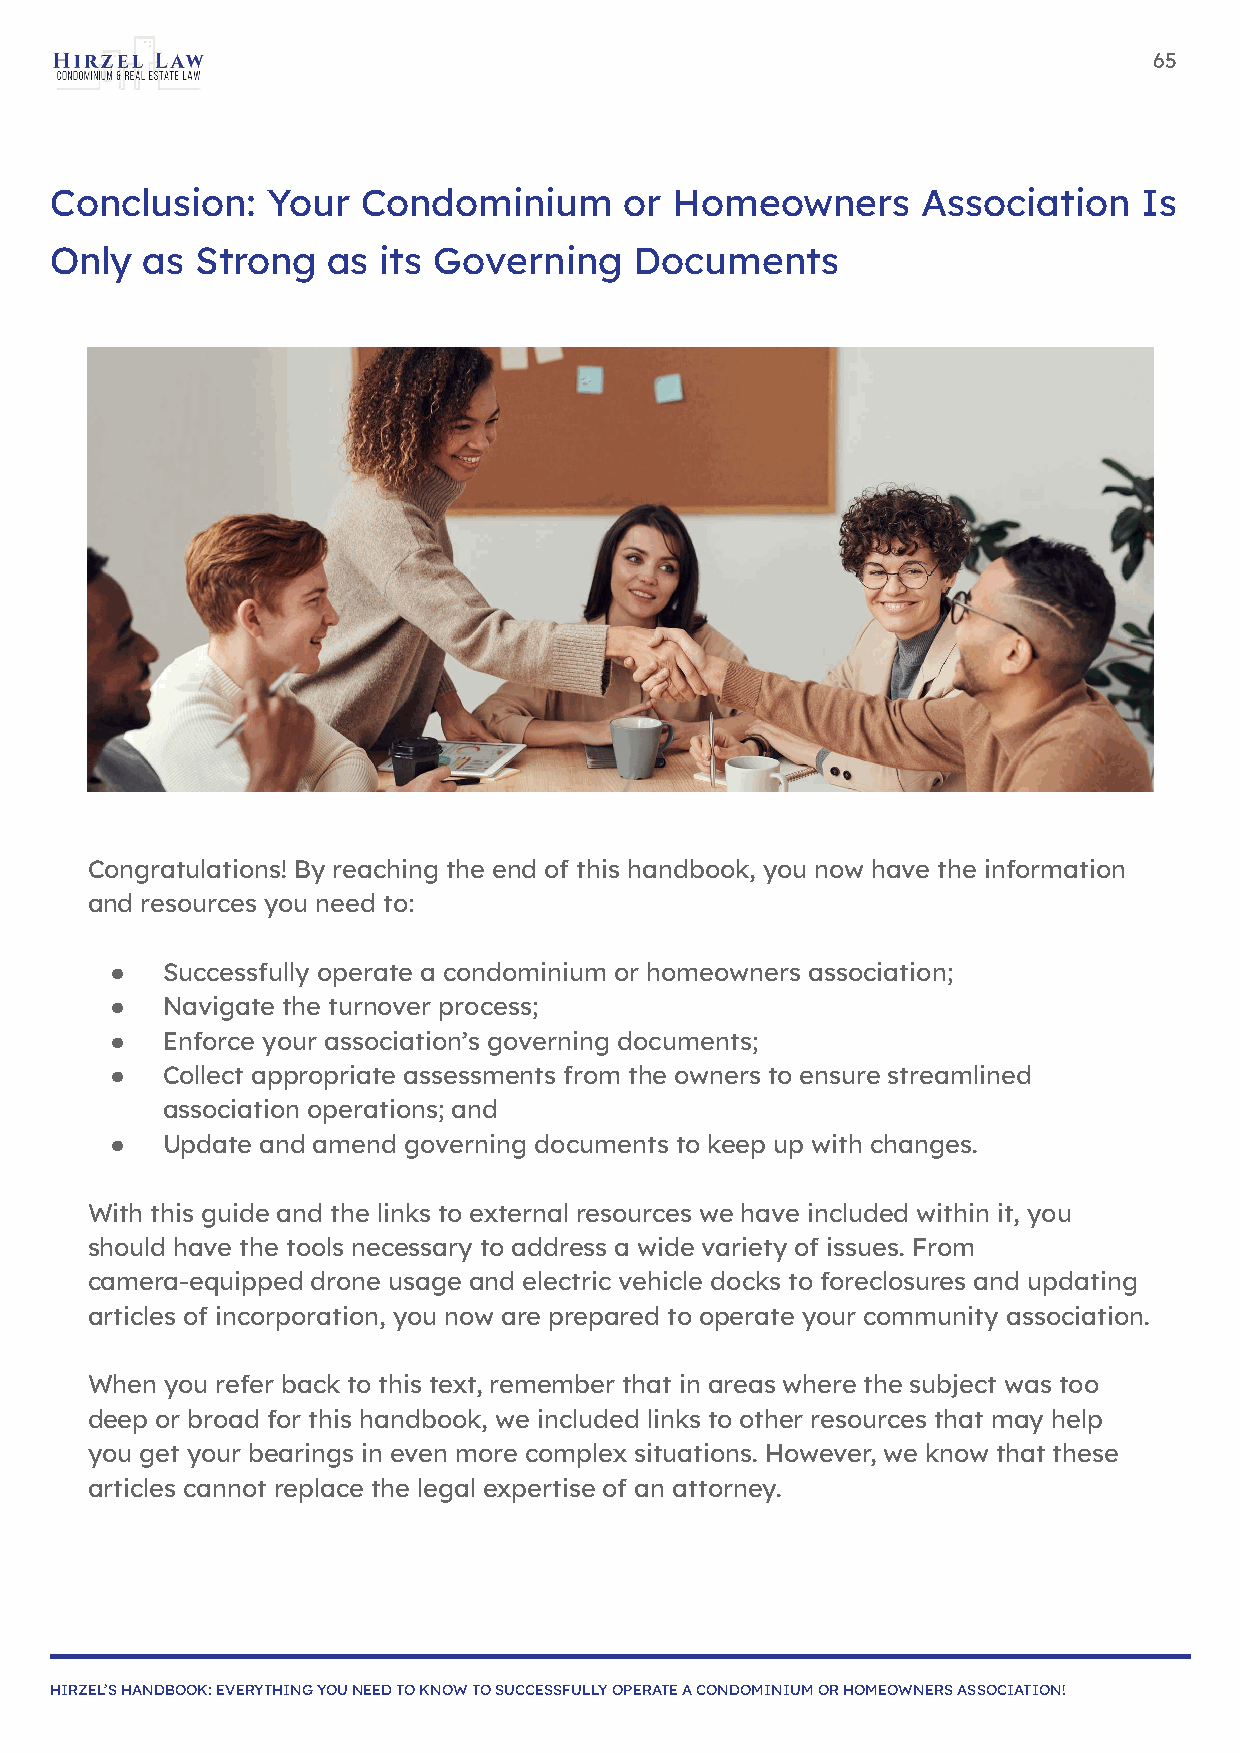
65
 Conclusion:    Your  Condominium      or  Homeowners      Association    Is
 Only  as  Strong   as its Governing    Documents
 Congratulations! By reaching the end of this handbook, you now have the information
 and resources you need to:
 ●   Successfully operate a condominium or homeowners association;
 ●   Navigate the turnover process;
 ●   Enforce your association’s governing documents;
 ●   Collect appropriate assessments from the owners to ensure streamlined
 association operations; and
 ●   Update and amend governing documents to keep up with changes.
 With this guide and the links to external resources we have included within it, you
 should have the tools necessary to address a wide variety of issues. From
 camera-equipped drone usage and electric vehicle docks to foreclosures and updating
 articles of incorporation, you now are prepared to operate your community association.
 When you refer back to this text, remember that in areas where the subject was too
 deep or broad for this handbook, we included links to other resources that may help
 you get your bearings in even more complex situations. However, we know that these
 articles cannot replace the legal expertise of an attorney.
 HIRZEL’S HANDBOOK: EVERYTHING YOU NEED TO KNOW TO SUCCESSFULLY OPERATE A CONDOMINIUM OR HOMEOWNERS ASSOCIATION!